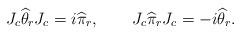
\begin{align*}J_c \widehat \theta_r J_c = i \widehat \pi_r, \qquad J_c \widehat \pi_rJ_c = -i \widehat \theta_r. \end{align*}